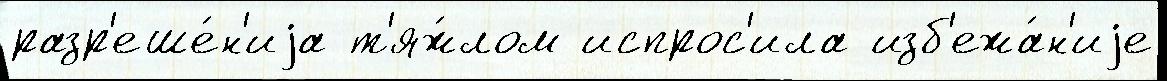
разр'еше́н'иjа т'яж́лом испрос'ила изб'ежа́н'иjе